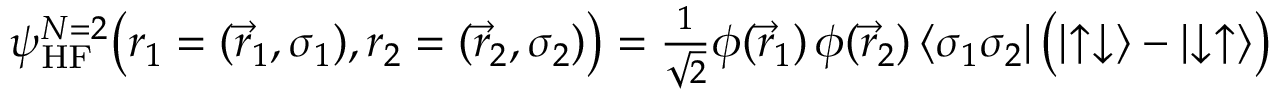
\begin{array} { r } { \psi _ { \mathrm { H F } } ^ { N = 2 } \big ( r _ { 1 } = ( \vec { r } _ { 1 } , \sigma _ { 1 } ) , r _ { 2 } = ( \vec { r } _ { 2 } , \sigma _ { 2 } ) \big ) = \frac { 1 } { \sqrt { 2 } } \phi ( \vec { r } _ { 1 } ) \, \phi ( \vec { r } _ { 2 } ) \, { \left\langle { \sigma _ { 1 } \sigma _ { 2 } } \right| } \, \big ( { \left| { \uparrow \downarrow } \right\rangle } - { \left| { \downarrow \uparrow } \right\rangle } \big ) } \end{array}